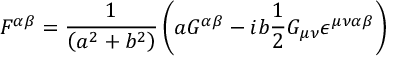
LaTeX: F ^ { \alpha \beta } = \frac { 1 } { \left( a ^ { 2 } + b ^ { 2 } \right) } \left( a G ^ { \alpha \beta } - i b \frac { 1 } { 2 } G _ { \mu \nu } \epsilon ^ { \mu \nu \alpha \beta } \right)